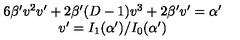
\begin{array} { c } { 6 \beta ^ { \prime } v ^ { 2 } v ^ { \prime } + 2 \beta ^ { \prime } ( D - 1 ) v ^ { 3 } + 2 \beta ^ { \prime } v ^ { \prime } = \alpha ^ { \prime } } \\ { v ^ { \prime } = I _ { 1 } ( \alpha ^ { \prime } ) / I _ { 0 } ( \alpha ^ { \prime } ) } \\ \end{array}